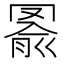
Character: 𦋢